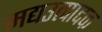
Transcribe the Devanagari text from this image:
मद्यउत्पादक